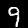
Label: 9